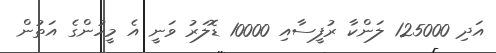
އަދި 125000 ލަންކާ ރުފީސާއި 10000 ޑޮލަރު ވަނީ އެ މީހުންގެ އަތުން